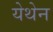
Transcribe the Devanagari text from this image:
येथेन